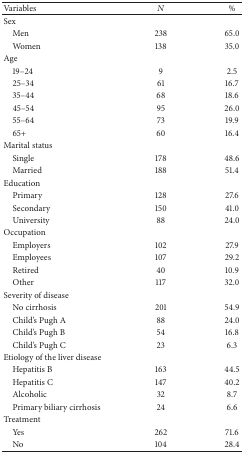
| Variables | N | % |
 | --- | --- | --- |
 | Sex |  |  |
 | Men | 238 | 65.0 |
 | Women | 138 | 35.0 |
 | Age |  |  |
 | 19–24 | 9 | 2.5 |
 | 25–34 | 61 | 16.7 |
 | 35–44 | 68 | 18.6 |
 | 45–54 | 95 | 26.0 |
 | 55–64 | 73 | 19.9 |
 | 65+ | 60 | 16.4 |
 | Marital status |  |  |
 | Single | 178 | 48.6 |
 | Married | 188 | 51.4 |
 | Education |  |  |
 | Primary | 128 | 27.6 |
 | Secondary | 150 | 41.0 |
 | University | 88 | 24.0 |
 | Occupation |  |  |
 | Employers | 102 | 27.9 |
 | Employees | 107 | 29.2 |
 | Retired | 40 | 10.9 |
 | Other | 117 | 32.0 |
 | Severity of disease |  |  |
 | No cirrhosis | 201 | 54.9 |
 | Child's Pugh A | 88 | 24.0 |
 | Child's Pugh B | 54 | 16.8 |
 | Child's Pugh C | 23 | 6.3 |
 | Etiology of the liver disease |  |  |
 | Hepatitis B | 163 | 44.5 |
 | Hepatitis C | 147 | 40.2 |
 | Alcoholic | 32 | 8.7 |
 | Primary biliary cirrhosis | 24 | 6.6 |
 | Treatment |  |  |
 | Yes | 262 | 71.6 |
 | No | 104 | 28.4 |